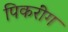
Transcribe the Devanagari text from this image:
पिकरींग